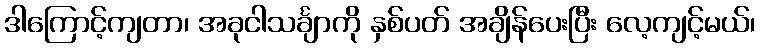
ဒါကြောင့်ကျတာ၊ အခုငါသင်္ချာကို နှစ်ပတ် အချိန်ပေးပြီး လေ့ကျင့်မယ်၊